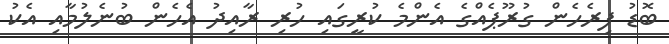
ބޮޑު ފިރެހެން ގުރޫޕެއްގެ އެންމެ ކުރީގައި ހުރި ރާއިދު އެހެން ބުނެލުމާއި އެކު